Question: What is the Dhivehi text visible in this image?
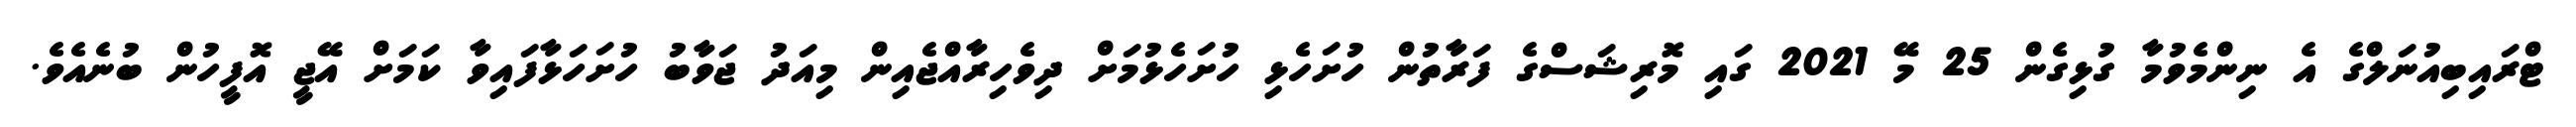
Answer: ޓްރައިބިއުނަލްގެ އެ ނިންމެވުމާ ގުޅިގެން 25 މޭ 2021 ގައި މޮރިޝަސްގެ ފަރާތުން ހުށަހެޅި ހުށަހެޅުމަށް ދިވެހިރާއްޖެއިން މިއަދު ޖަވާބު ހުށަހަޅާފައިވާ ކަމަށް އޭޖީ އޮފީހުން ބުނެއެވެ.